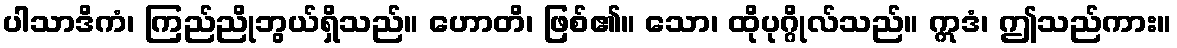
ပါသာဒိကံ၊ ကြည်ညိုဘွယ်ရှိသည်။ ဟောတိ၊ ဖြစ်၏။ သော၊ ထိုပုဂ္ဂိုလ်သည်။ ဣဒံ၊ ဤသည်ကား။